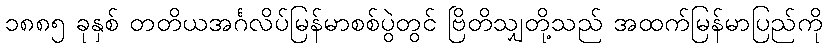
၁၈၈၅ ခုနှစ် တတိယအင်္ဂလိပ်မြန်မာစစ်ပွဲတွင် ဗြိတိသျှတို့သည် အထက်မြန်မာပြည်ကို